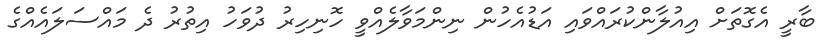
ބާރީ އެގޮތަށް އިއުލާންކުރައްވައި އަޑުއެހުން ނިންމަވާލެއްވީ ހޮނިހިރު ދުވަހު އިތުރު ދެ މައްސަލައެއްގެ